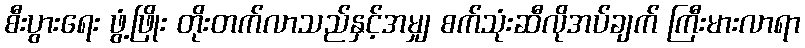
စီးပွားရေး ဖွံ့ဖြိုး တိုးတက်လာသည်နှင့်အမျှ စက်သုံးဆီလိုအပ်ချက် ကြီးမားလာရာ